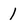
Character: 1